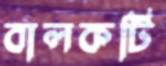
বালকটি